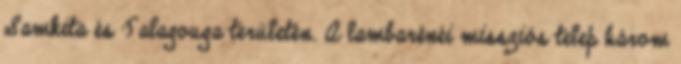
Samkita és Talagouga területén. A lambarénéi missziós telep három